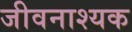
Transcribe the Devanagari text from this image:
जीवनाश्यक